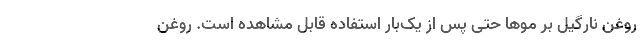
روغن نارگیل بر موها حتی پس از یک­بار استفاده قابل مشاهده است. روغن